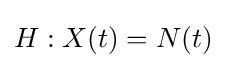
H:X(t)=N(t)